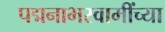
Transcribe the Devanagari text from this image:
पद्मनाभस्वामींच्या